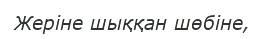
Жеріне шыққан шөбіне,